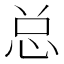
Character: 总